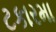
ટકારમા